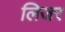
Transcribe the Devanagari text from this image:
लिजर